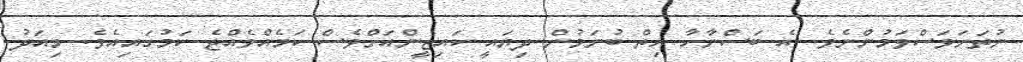
ނުތަނަވަސްވަމުންނެވެ. އެ ބަސްނާހާ ހިތް ބުނަމުން ދިޔައީ ކައިޒީންއަށްވެސް ކަމެއްވެއްޖެ ކަމުގައިއެވެ. މިއަދު